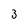
Character: 3